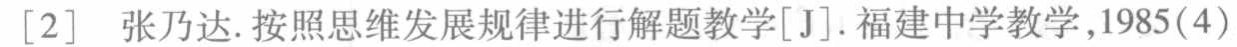
[2] 张乃达.按照思维发展规律进行解题教学[J].福建中学教学,1985(4)